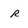
Character: r